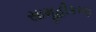
સામૂહીકરણ